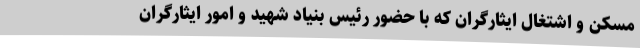
مسکن و اشتغال ایثارگران که با حضور رئیس بنیاد شهید و امور ایثارگران